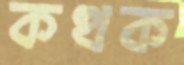
কত্থক